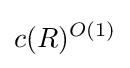
c(R)^{O(1)}